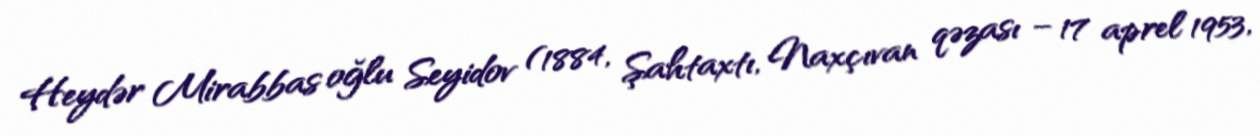
Heydər Mirabbas oğlu Seyidov (1884, Şahtaxtı, Naxçıvan qəzası – 17 aprel 1953,